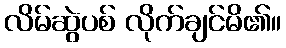
လိမ်ဆွဲပစ် လိုက်ချင်မိ၏။